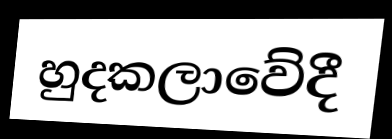
හුදකලාවේදී